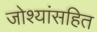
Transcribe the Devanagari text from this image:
जोश्यांसहित